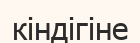
кіндігіне